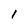
Character: 1